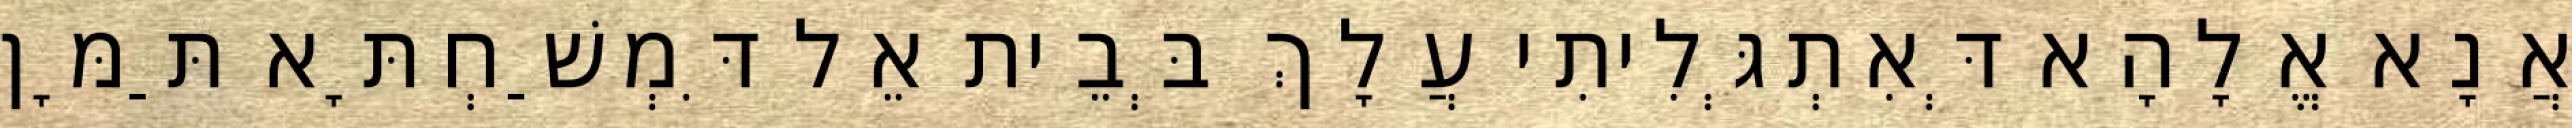
אֲנָא אֱלָהָא דְּאִתְגְּלִיתִי עֲלָךְ בְּבֵית אֵל דִּמְשַׁחְתָּא תַּמָּן